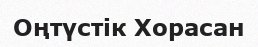
Оңтүстік Хорасан